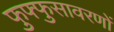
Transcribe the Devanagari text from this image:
फुफ्फुसावरणों